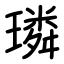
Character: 璘